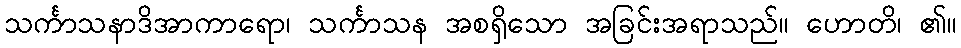
သင်္ကာသနာဒိအာကာရော၊ သင်္ကာသန အစရှိသော အခြင်းအရာသည်။ ဟောတိ၊ ၏။